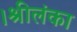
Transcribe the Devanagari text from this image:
।श्रीलंका